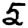
Digit: 5